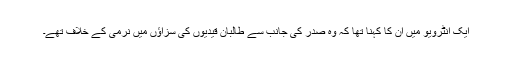
ایک انٹرویو میں ان کا کہنا تھا کہ وہ صدر کی جانب سے طالبان قیدیوں کی سزاؤں میں نرمی کے خلاف تھے۔